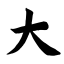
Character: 大